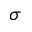
\sigma